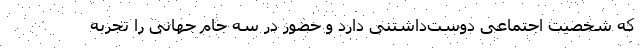
که شخصیت اجتماعی دوست‌داشتنی دارد و حضور در سه جام جهانی را تجربه